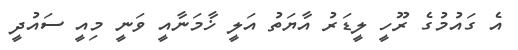
އެ ގައުމުގެ ރޫހީ ލީޑަރު އާޔަތު އަލީ ޚާމަނާއީ ވަނީ މިއީ ސައުދީ